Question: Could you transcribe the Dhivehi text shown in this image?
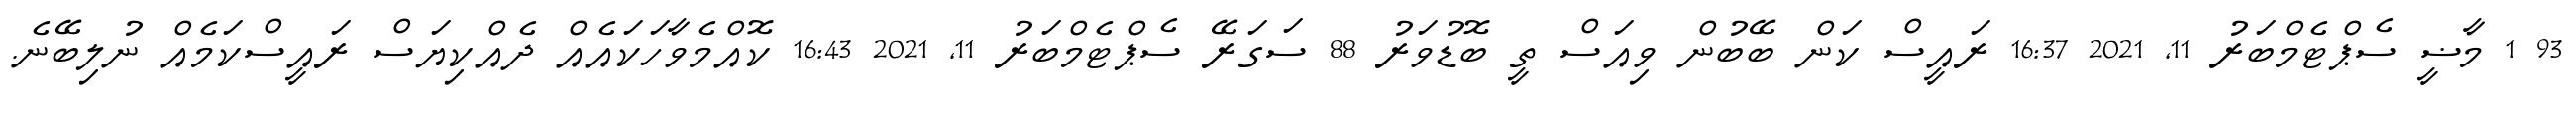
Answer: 93 1 މާޟީ ސެޕްޓެމްބަރު 11, 2021 16:37 ރައީސް ކަން ބޭބުން ވިއަސް ތީ ބޮޑުވަރު 88 ސަގަރޭ ސެޕްޓެމްބަރު 11, 2021 16:43 ކޮއްމެވާހަކައެއް ދެއްކިޔަސް ރައީސްކަމެއް ނުލިބޭނެ.